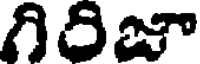
గిరిజా